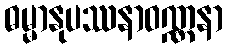
ဓမ္မာနုပဿနာဝဏ္ဏနာ